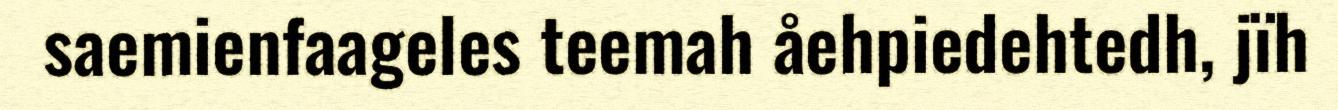
saemienfaageles teemah åehpiedehtedh, jïh